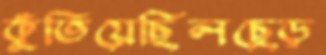
কুঁতিয়েছিলছেড়